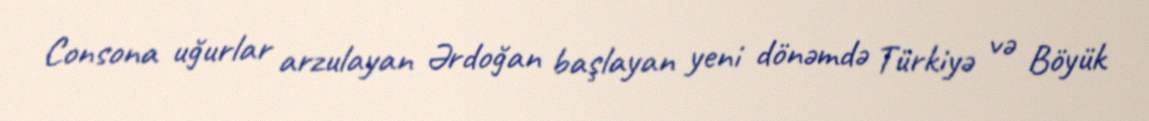
Consona uğurlar arzulayan Ərdoğan başlayan yeni dönəmdə Türkiyə və Böyük